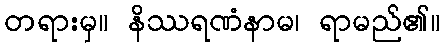
တရားမှ။ နိဿရဏံနာမ၊ ရာမည်၏။